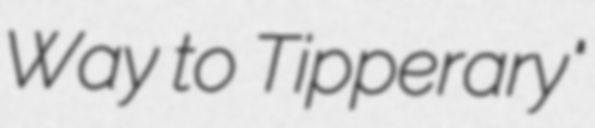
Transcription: Way to Tipperary"